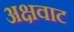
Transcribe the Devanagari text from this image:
अक्षवाट